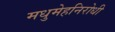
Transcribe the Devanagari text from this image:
मधुमेहनिरोधी